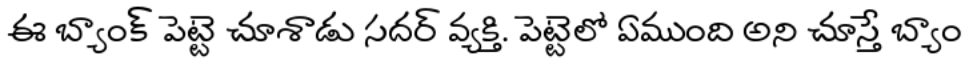
ఈ బ్యాంక్ పెట్టె చూశాడు సదర్ వ్యక్తి. పెట్టెలో ఏముంది అని చూస్తే బ్యాం